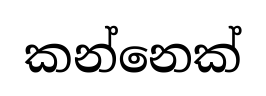
කන්නෙක්